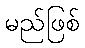
မည်ဖြစ်